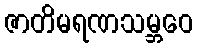
ဇာတိမရဏသမ္ဘဝေ